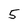
Character: 5